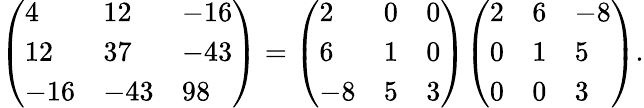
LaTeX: {\begin{array}{r}{{\left(\begin{array}{lll}{4}&{12}&{-16}\\ {12}&{37}&{-43}\\ {-16}&{-43}&{98}\end{array}\right)}={\left(\begin{array}{lll}{2}&{0}&{0}\\ {6}&{1}&{0}\\ {-8}&{5}&{3}\end{array}\right)}{\left(\begin{array}{lll}{2}&{6}&{-8}\\ {0}&{1}&{5}\\ {0}&{0}&{3}\end{array}\right)}.}\end{array}}